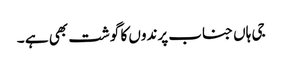
جی ہاں جناب پرندوں کا گوشت بھی ہے ۔